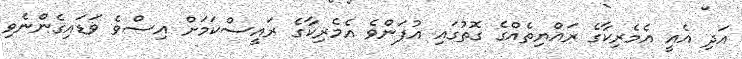
އަދި އެއީ އެމެރިކާގެ ރައްޔިތެއްގެ ގޮތުގައި އުފަންވެ އެމެރިކާގެ ރައީސްކަމަށް އިސްވެ ވަޑައިގެންނެވި